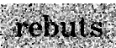
rebuts